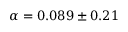
\alpha = 0 . 0 8 9 \pm 0 . 2 1